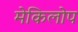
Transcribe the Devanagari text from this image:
मेकिलोप